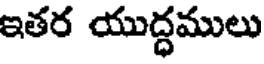
ఇతర యుద్ధములు